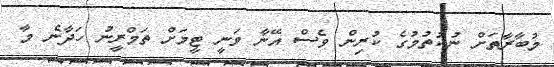
މުބާރާތަށް ނުކުތުމުގެ ކުރިން ވެސް އޭނާ ވަނީ ޓީމަށް ތަމްރީނު ހަދާނެ މާ